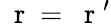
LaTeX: \mathrm{~\mathbf~r~}=\mathrm{~\mathbf~r~}^{\prime}